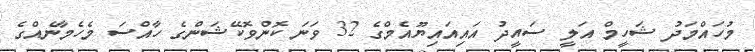
މުހައްމަދު ޝަހީމް އަލީ ސައީދު އައިއައިޔޫއެމްގެ 32 ވަނަ ކޮންވޮކޭޝަންގެ ހާއްސަ މެހެމާނެއްގެ